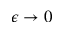
\epsilon \to 0